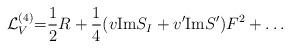
LaTeX: \begin{align*}{\cal L}_V^{(4)}{=} {1\over 2} R+{1\over 4}(v\makebox{Im}S_I+v'\makebox{Im}S')F^2+\dots \end{align*}